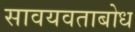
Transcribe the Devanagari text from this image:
सावयवताबोध